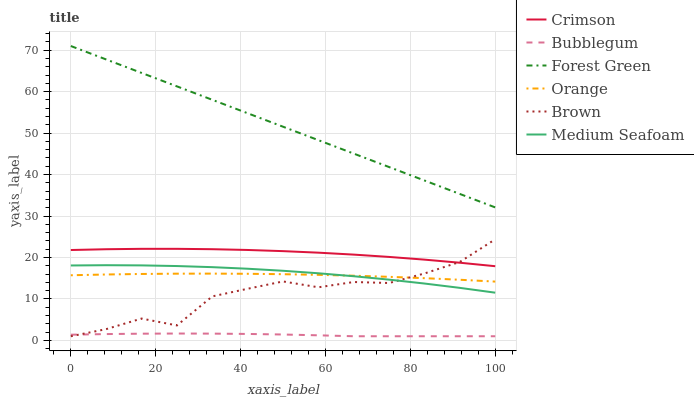
| xaxis_label | Crimson | Bubblegum | Forest Green | Orange | Brown | Medium Seafoam |
 | --- | --- | --- | --- | --- | --- | --- |
 | 0 | 21.8 | 1.37 | 71 | 15.7 | 1 | 18.1 |
 | 8.33 | 22 | 1.53 | 67.8 | 15.9 | 2.72 | 18.1 |
 | 16.7 | 22.1 | 1.62 | 64.5 | 16 | 5.27 | 18.1 |
 | 25 | 22.1 | 1.66 | 61.3 | 16.1 | 3.61 | 17.9 |
 | 33.3 | 22 | 1.64 | 58 | 16.1 | 10.6 | 17.7 |
 | 41.7 | 21.8 | 1.56 | 54.8 | 16.1 | 12.5 | 17.3 |
 | 50 | 21.5 | 1.42 | 51.5 | 16 | 14.2 | 16.8 |
 | 58.3 | 21.2 | 1.23 | 48.3 | 15.8 | 12.8 | 16.2 |
 | 66.7 | 20.7 | 1 | 45 | 15.6 | 14.1 | 15.5 |
 | 75 | 20.1 | 1 | 41.8 | 15.3 | 13.8 | 14.7 |
 | 83.3 | 19.5 | 1 | 38.6 | 15 | 16.1 | 13.7 |
 | 91.7 | 18.7 | 1 | 35.3 | 14.6 | 18.9 | 12.7 |
 | 100 | 17.9 | 1 | 32.1 | 14.2 | 24.4 | 11.5 |